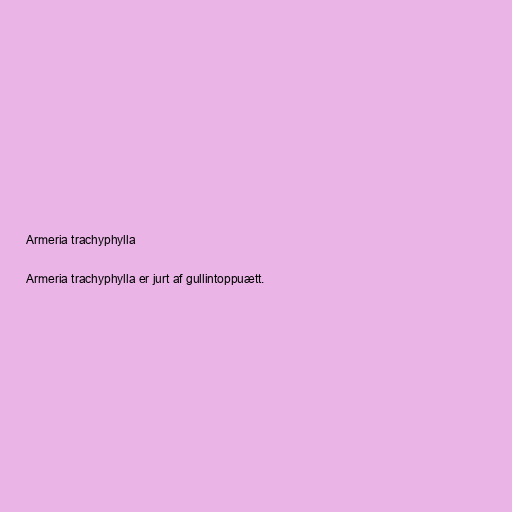
Armeria trachyphylla

Armeria trachyphylla er jurt af gullintoppuætt.